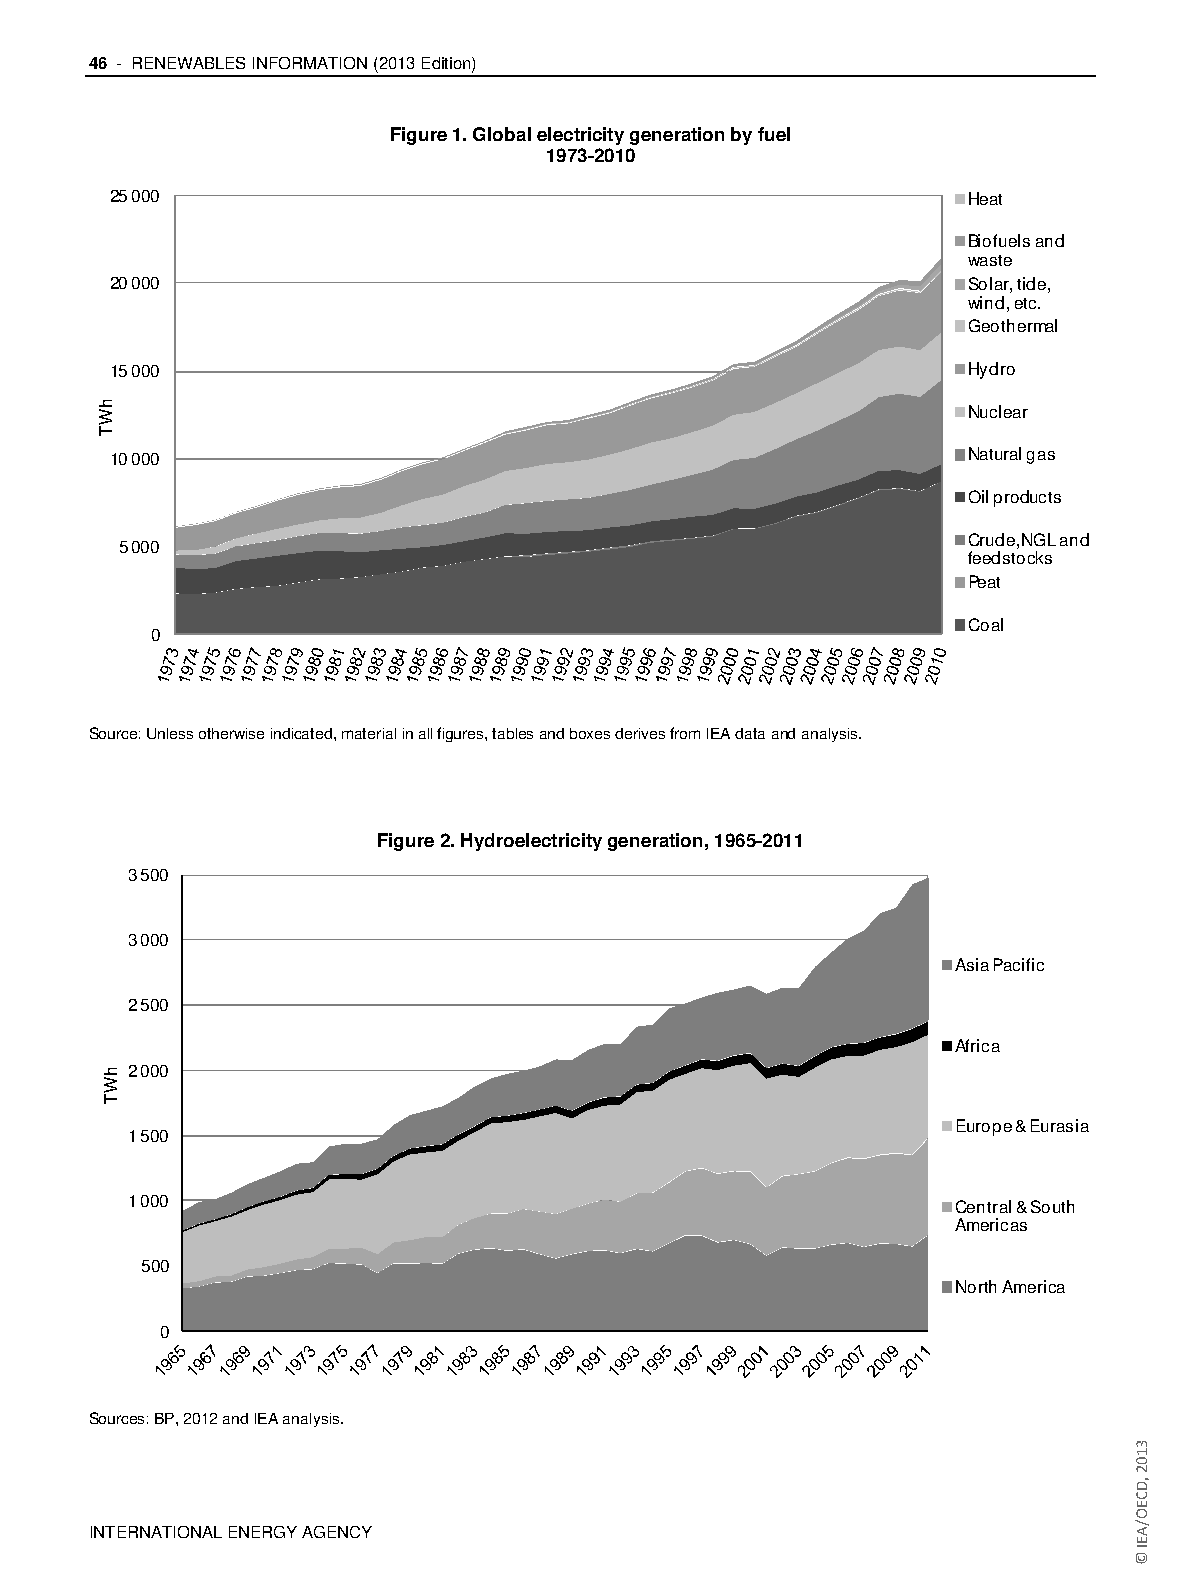
46 - RENEWABLES INFORMATION (2013 Edition)
 Figure 1. Global electricity generation by fuel
 1973-2010
 25 000                                                   Heat
 Biofuels and
 waste
 20 000                                                   Solar, tide,
 wind, etc.
 Geothermal
 15 000                                                   Hydro
 Nuclear
 10 000                                                   Natural gas
 Oil products
 Crude,NGL and
 5 000
 feedstocks
 Peat
 Coal
 0
 Source: Unless otherwise indicated, material in all figures, tables and boxes derives from IEA data and analysis.
 Figure 2. Hydroelectricity generation, 1965-2011
 3 500
 3 000
 Asia Pacific
 2 500
 Africa
 2 000
 Europe & Eurasia
 1 500
 1 000                                                  Central & South
 Americas
 500
 North America
 0
 Sources: BP, 2012 and IEA analysis.
 INTERNATIONAL ENERGY AGENCY
 hWT
 hWT
 3102
 ,DCEO/AEI
 ©